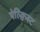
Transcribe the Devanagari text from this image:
ऐल्क्विस्ट